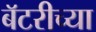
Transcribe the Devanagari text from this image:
बॅटरीच्या